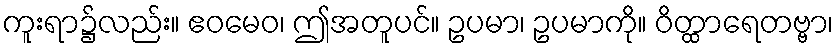
ကူးရာ၌လည်း။ ဧဝမေဝ၊ ဤအတူပင်။ ဥပမာ၊ ဥပမာကို။ ဝိတ္ထာရေတဗ္ဗာ၊